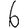
Digit: 6